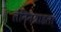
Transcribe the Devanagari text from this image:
लेनिनग्राडला